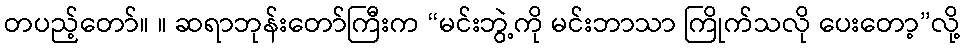
တပည့်တော်။ ။ ဆရာဘုန်းတော်ကြီးက “မင်းဘွဲ့ကို မင်းဘာသာ ကြိုက်သလို ပေးတော့”လို့